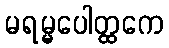
မရမ္မပေါတ္ထကေ